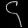
Digit: ၄